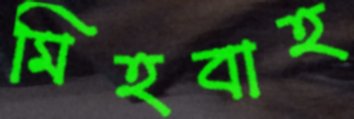
মিহবাহ